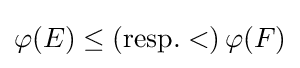
\varphi (E)\leq ({\text{resp.}}<)\,\varphi (F)